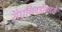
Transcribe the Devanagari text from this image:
संघनिवडीमध्ये